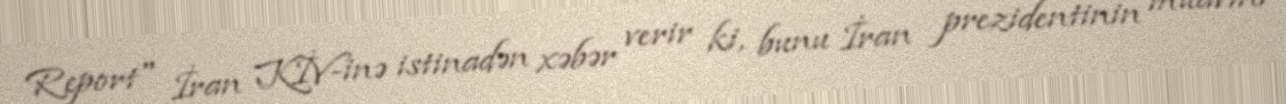
Report" İran KİV-inə istinadən xəbər verir ki, bunu İran prezidentinin müavini